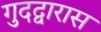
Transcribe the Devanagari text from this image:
गुदद्वारास